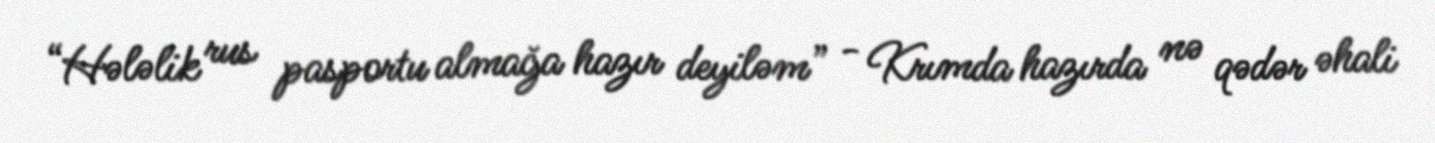
“Hələlik rus pasportu almağa hazır deyiləm” - Krımda hazırda nə qədər əhali